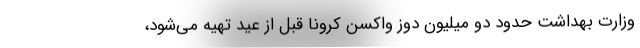
وزارت بهداشت حدود دو میلیون دوز واکسن کرونا قبل از عید تهیه می‌شود،